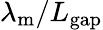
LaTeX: \lambda_{\mathrm{m}}/L_{\mathrm{gap}}